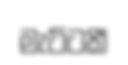
මැට්ටකී